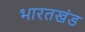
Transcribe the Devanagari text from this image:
भारतखंड